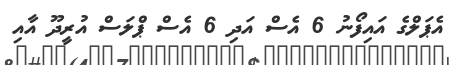
އެޕަލްގެ އައިފޯނު 6 އެސް އަދި 6 އެސް ޕްލަސް އުރީދޫ އާއި